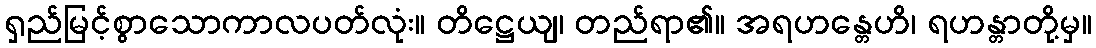
ရှည်မြင့်စွာသောကာလပတ်လုံး။ တိဋ္ဌေယျ၊ တည်ရာ၏။ အရဟန္တေဟိ၊ ရဟန္တာတို့မှ။